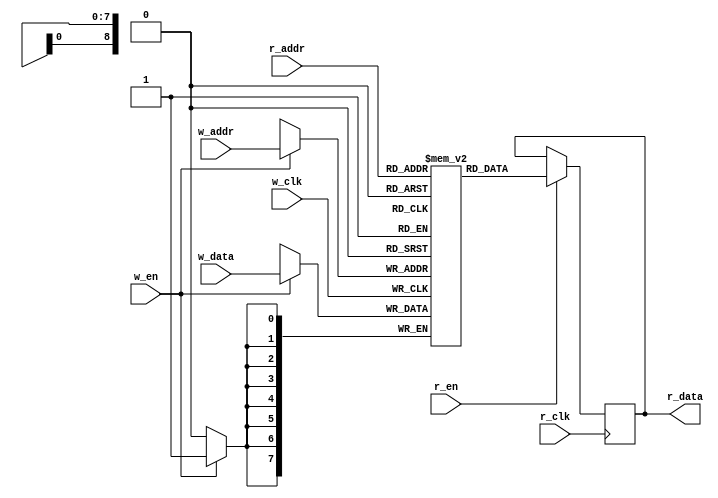
`default_nettype none
module bram
#(
    parameter ADDR_W    = 9,
    parameter DATA_W    = 8,
    parameter FILE      = "",
    parameter ZERO      = 0
)
(
    input wire                  r_clk,
    input wire                  w_clk,
    input wire [ADDR_W-1:0]     r_addr,
    input wire [ADDR_W-1:0]     w_addr,
    input wire                  w_en,
    input wire                  r_en,
    input wire [DATA_W-1:0]     w_data,
    output reg [DATA_W-1:0]     r_data
);

    reg [DATA_W-1:0] bram [(1 << ADDR_W)-1:0];

    integer j;
    initial begin
        if (FILE) $readmemh(FILE, bram);
        if (ZERO)
            for(j = 0; j < (2<<ADDR_W); j = j + 1)  begin
                bram[j] = 0;
            end
        `ifdef DEBUG
        r_data = 0;
        `endif
    end

    always @(posedge w_clk) begin
        if(w_en)
            bram[w_addr] <= w_data;
    end

    always @(posedge r_clk) begin
        if(r_en)
            r_data <= bram[r_addr];
    end

    `ifdef FORMAL
    // https://zipcpu.com/zipcpu/2018/07/13/memories.html
    
    reg f_past_valid = 0;
    always @(posedge r_clk)
        f_past_valid <= 1;

    // allow solver to pick any address
    (* anyconst *) wire [ADDR_W-1:0] f_addr;
    // make a data variable
    reg [DATA_W-1:0] f_data;

    // set data variable to whats in the bram
    initial begin
        assume(f_data == bram[f_addr]);
    end

    // always assert that the data at the address is correct
    always @(*)
        assert(bram[f_addr] == f_data);

    always @(posedge r_clk) 
        if ((f_past_valid)
            // if a read  
            &&($past(r_en))
            // and at the special address
            &&($past(r_addr == f_addr)))
        // assert the read gives correct answer
        assert(r_data == $past(f_data));

    always @(posedge w_clk)
            // if a write  
            if((w_en)
            // and at the special address
            &&(w_addr == f_addr))
        // update the data
        f_data <= w_data;
    `endif

endmodule